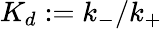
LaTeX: K_{d}:=k_{-}/k_{+}